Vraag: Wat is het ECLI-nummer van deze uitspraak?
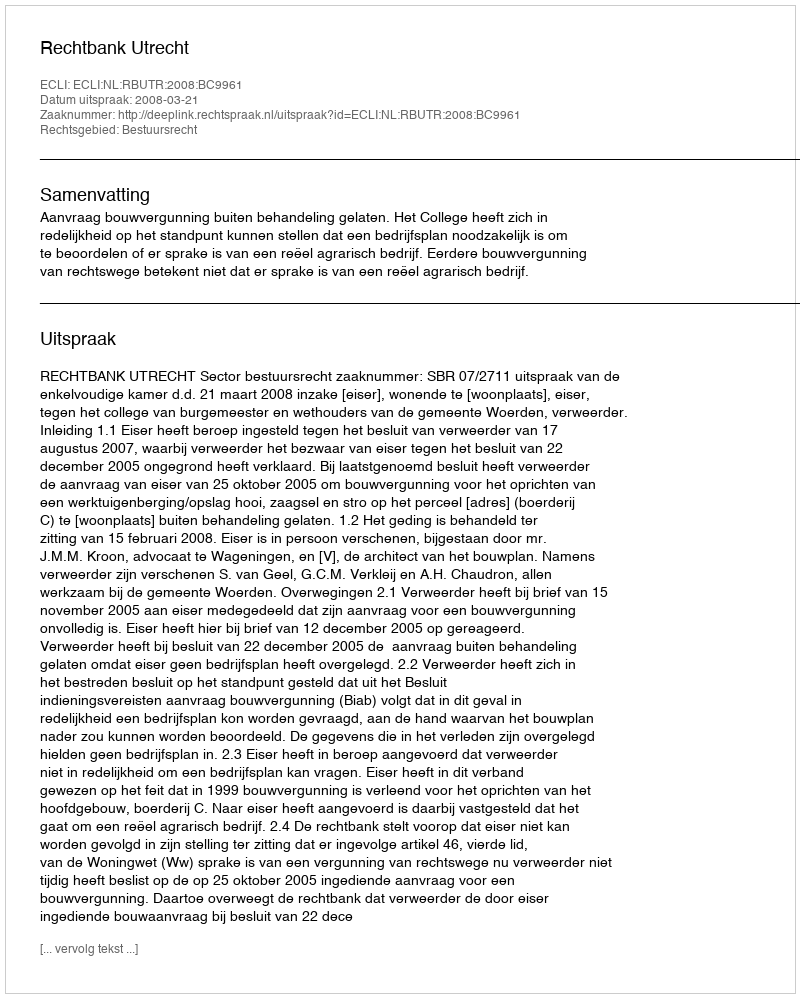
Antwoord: ECLI:NL:RBUTR:2008:BC9961